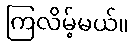
ကြလိမ့်မယ်။